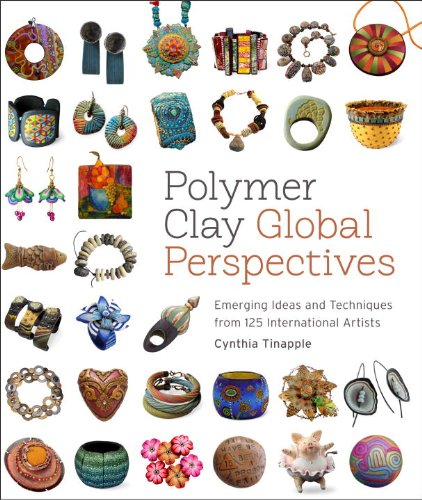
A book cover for Polymer Clay Global Perspectives: Emerging Ideas and Techniques from 125 International Artists; Cynthia Tinapple; Crafts, Hobbies & Home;